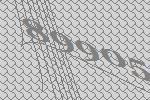
89905